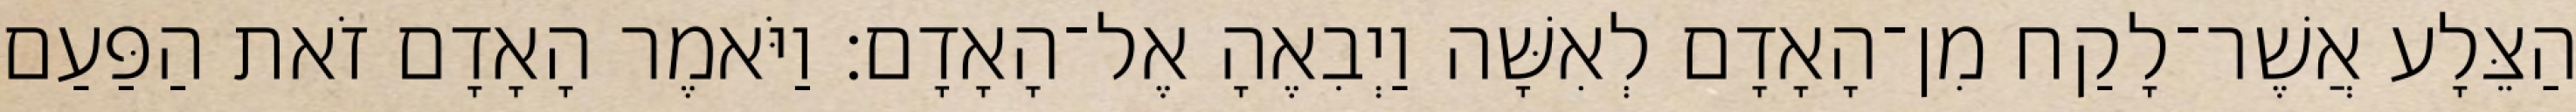
הַצֵּלָע אֲשֶׁר־לָקַח מִן־הָאָדָם לְאִשָּׁה וַיְבִאֶהָ אֶל־הָאָדָם׃ וַיֹּאמֶר הָאָדָם זֹאת הַפַּעַם